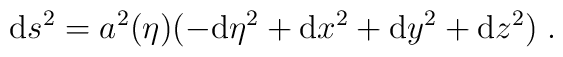
{\rm d}s^2 = a^2(\eta) (-{\rm d}\eta^2 + {\rm d}x^2 + {\rm d}y^2+ {\rm d}z^2)\; .